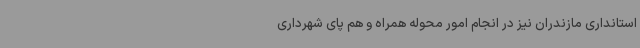
استانداری مازندران نیز در انجام امور محوله همراه و هم پای شهرداری